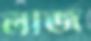
লীজ